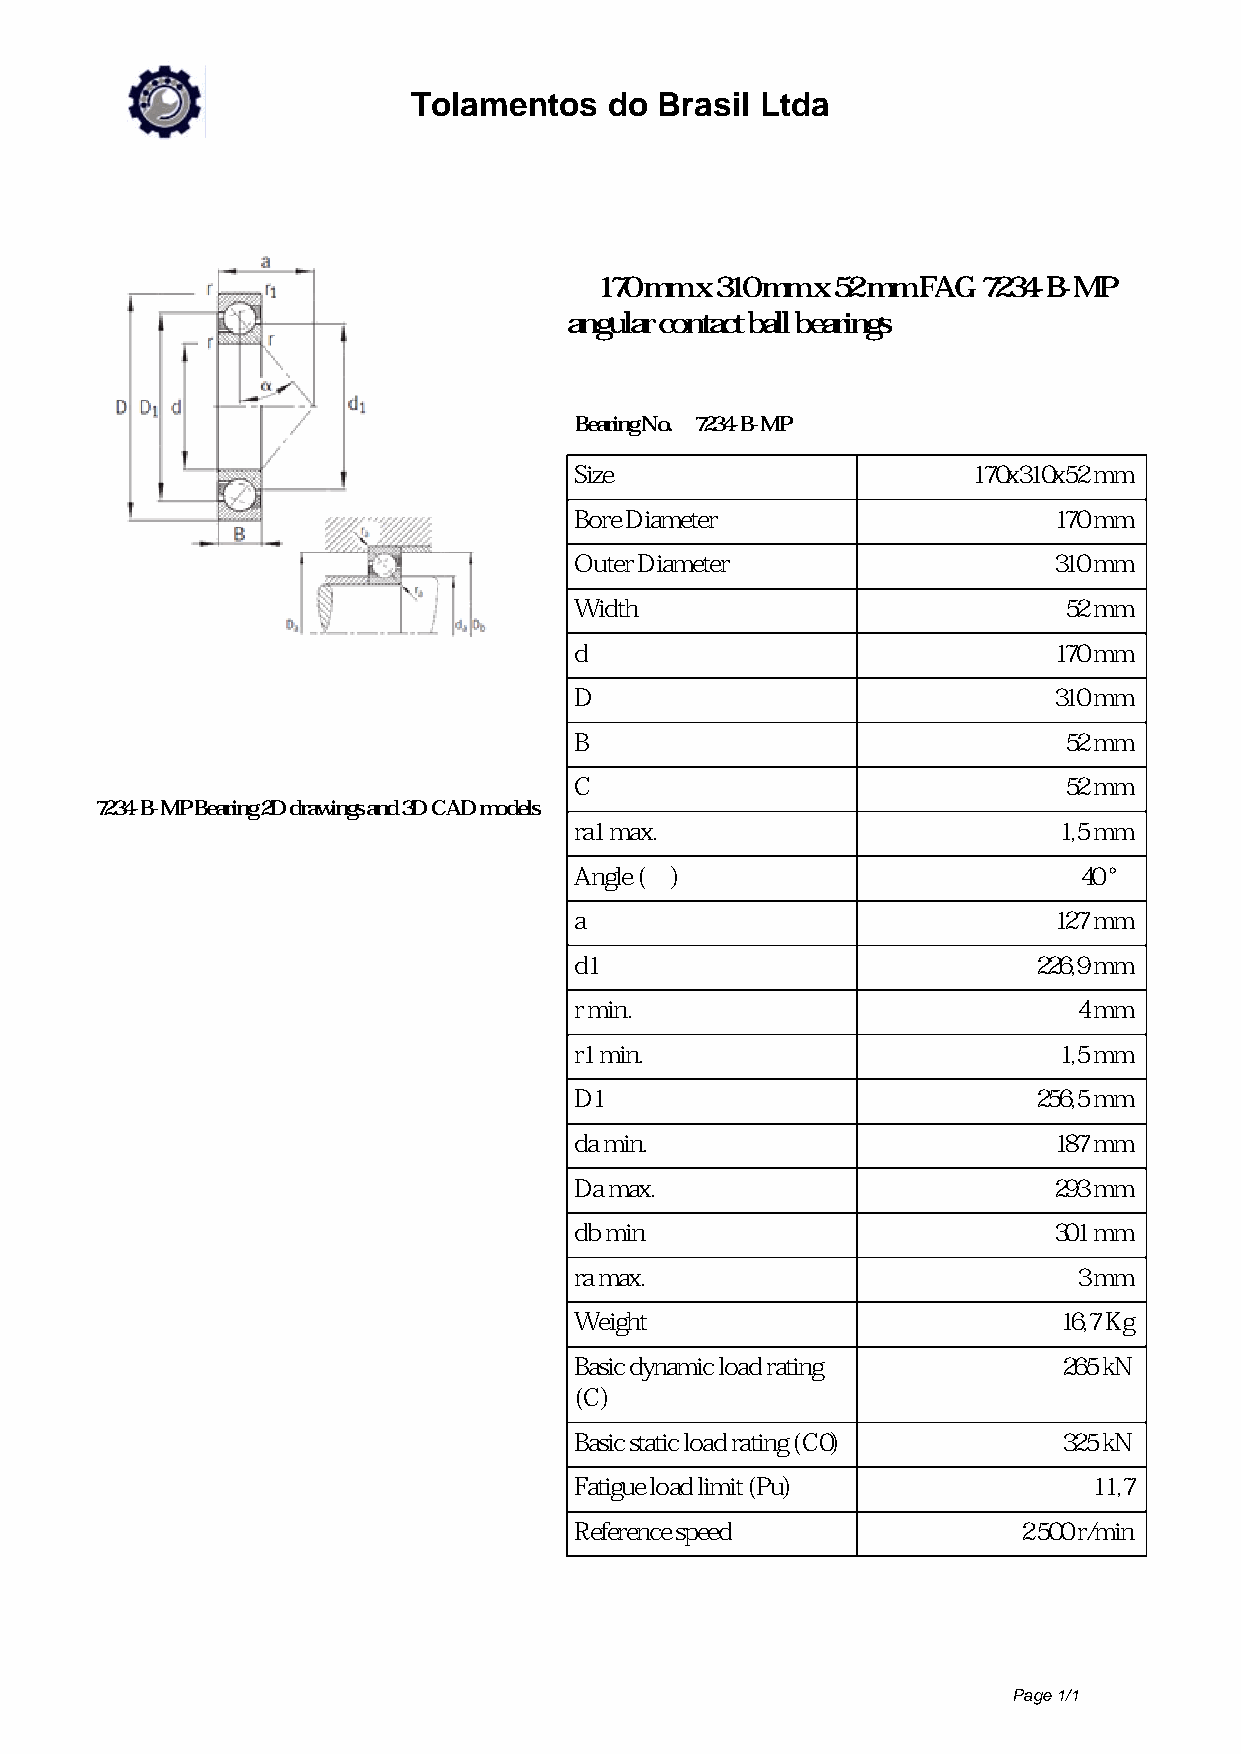
Tolamentos   do  Brasil Ltda
 170 mm x 310 mm x 52 mm FAG 7234-B-MP
 angular contact ball bearings
 Bearing No. 7234-B-MP
 Size                      170x310x52 mm
 Bore Diameter                   170 mm
 Outer Diameter                  310 mm
 Width                           52 mm
 d                               170 mm
 D                               310 mm
 B                               52 mm
 C                               52 mm
 7234-B-MP Bearing 2D drawings and 3D CAD models
 ra1 max.                        1,5 mm
 Angle (α)                        40 °
 a                               127 mm
 d1                             226,9 mm
 r min.                           4 mm
 r1 min.                         1,5 mm
 D1                             256,5 mm
 da min.                         187 mm
 Da max.                         293 mm
 db min                          301 mm
 ra max.                          3 mm
 Weight                          16,7 Kg
 Basic dynamic load rating       265 kN
 (C)
 Basic static load rating (C0)   325 kN
 Fatigue load limit (Pu)           11,7
 Reference speed               2 500 r/min
 Page 1/1
 Powered by TCPDF (www.tcpdf.org)